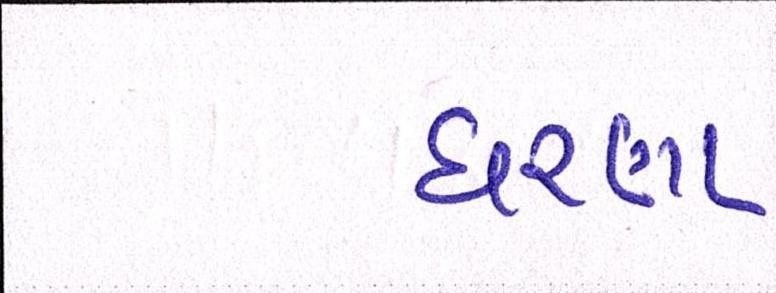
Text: ધરણા